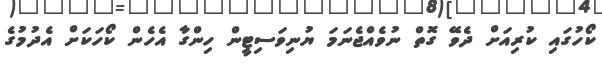
ކޯހުގައި ކުރިއަށް ދެވޭ ގޮތް ނުވެއްޖެނަމަ ޔުނިވަސިޓީން ހިންގާ އެހެން ކޯހަކަށް އެދުމުގެ